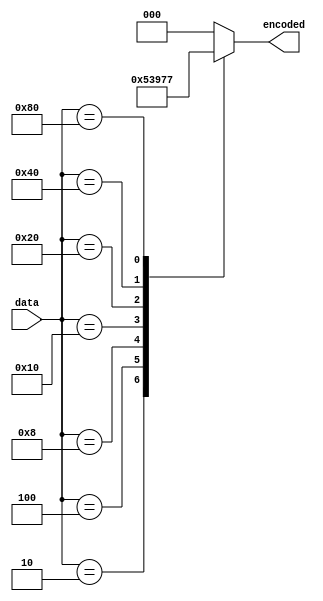
module priority_encoder(
    input [7:0] data,
    output reg [2:0] encoded
);

always @(*) begin
    case(data)
        8'b00000001: encoded = 3'b000;
        8'b00000010: encoded = 3'b001;
        8'b00000100: encoded = 3'b010;
        8'b00001000: encoded = 3'b011;
        8'b00010000: encoded = 3'b100;
        8'b00100000: encoded = 3'b101;
        8'b01000000: encoded = 3'b110;
        8'b10000000: encoded = 3'b111;
        default: encoded = 3'b000;
    endcase
end

endmodule